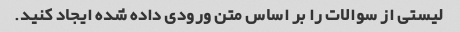
لیستی از سوالات را بر اساس متن ورودی داده شده ایجاد کنید.